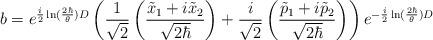
LaTeX: \begin{align*}b=e^{\frac{i}{2}\ln(\frac{2\hbar}{\theta})D}\left(\frac{1}{\sqrt{2}}\left(\frac{\tilde{x}_1+i\tilde{x}_2}{\sqrt{2\hbar}}\right)+\frac{i}{\sqrt{2}}\left(\frac{\tilde{p}_1+i\tilde{p}_2}{\sqrt{2\hbar}}\right)\right)e^{-\frac{i}{2}\ln(\frac{2\hbar}{\theta})D}\end{align*}